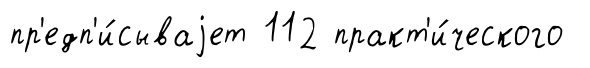
пр'едп'и́сываjет 112 практ'и́ческого